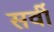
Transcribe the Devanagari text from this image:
सर्वी